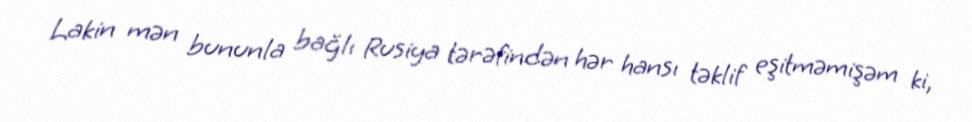
Lakin mən bununla bağlı Rusiya tərəfindən hər hansı təklif eşitməmişəm ki,